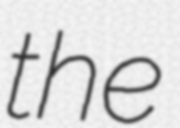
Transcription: the